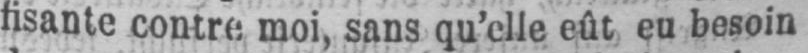
fisante contre moi, sans qu’elle eût eu besoin